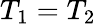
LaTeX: T_{1}=T_{2}